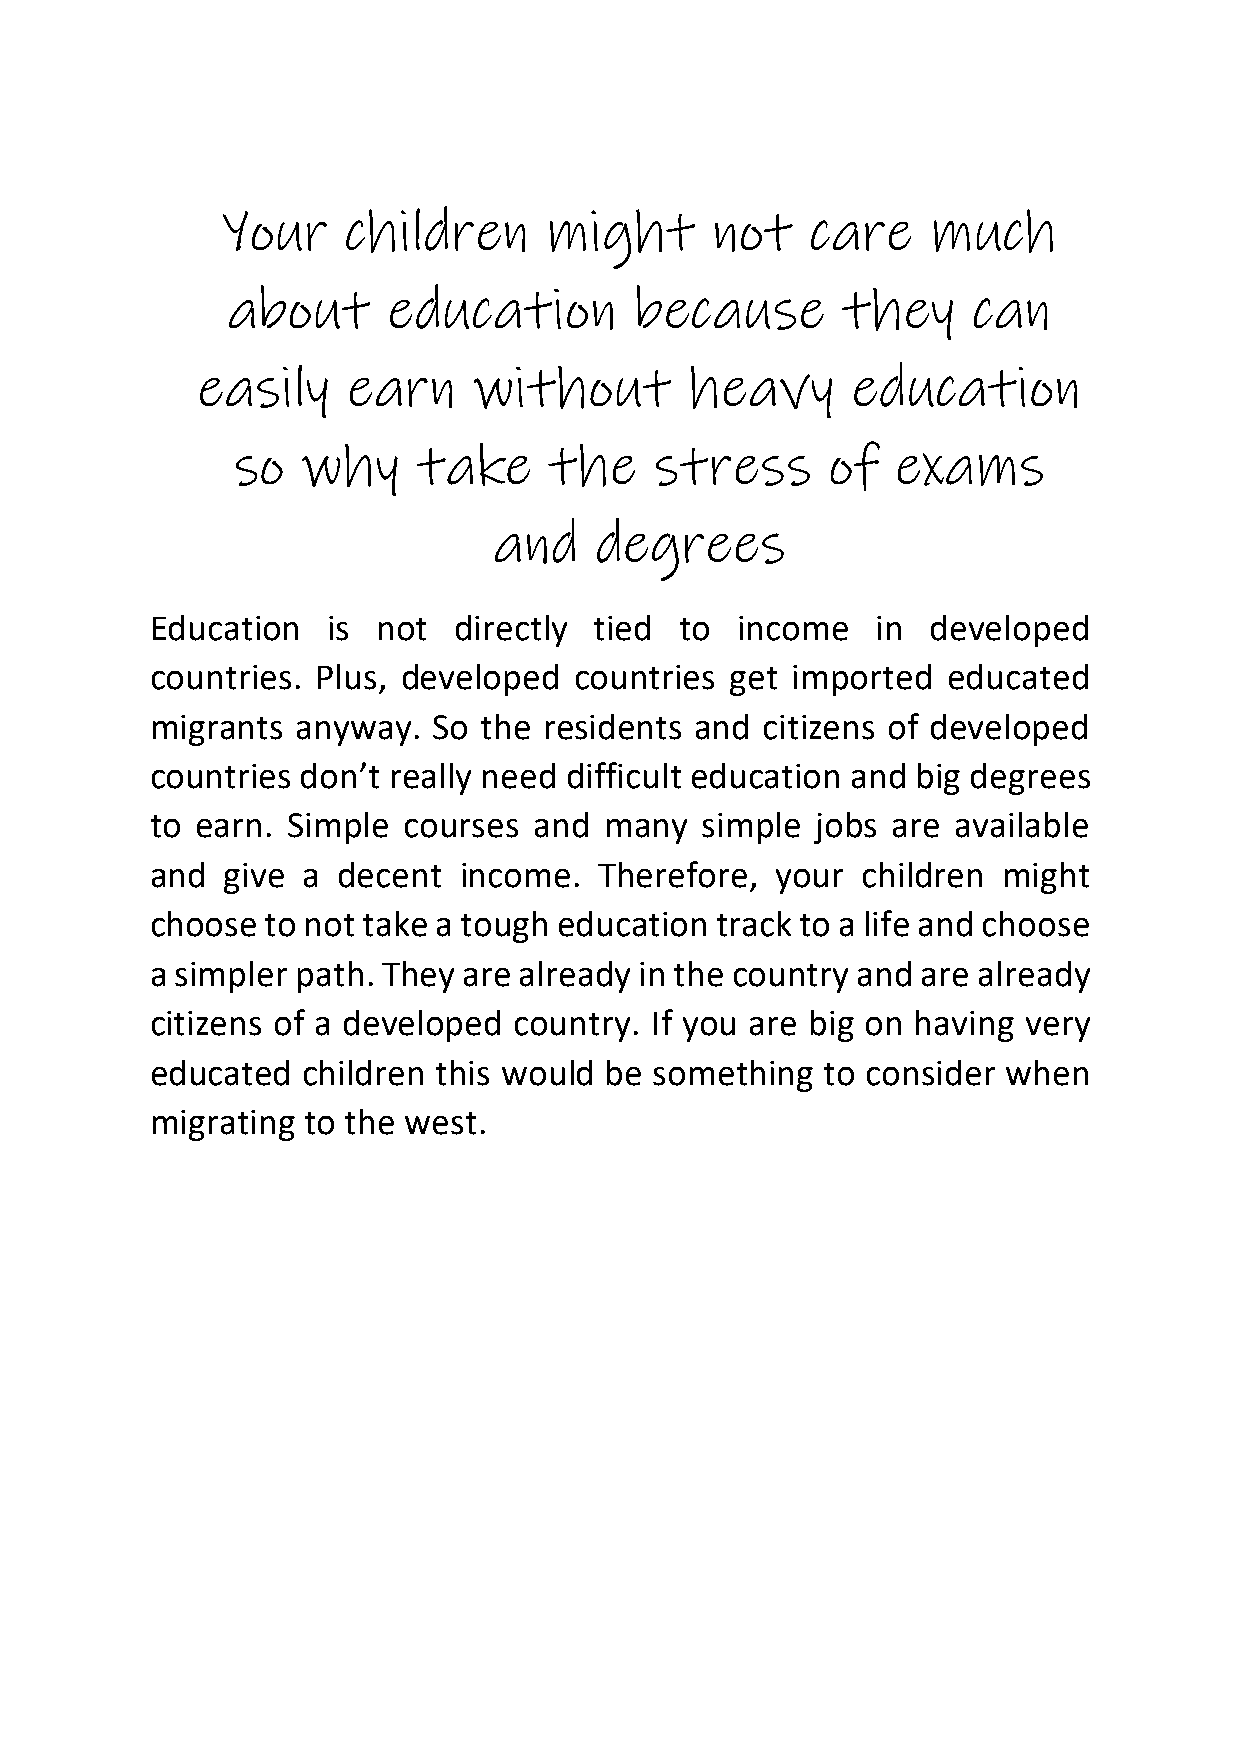
Your    children     might      not    care    much
 about      education       because       they    can
 easily    earn    without        heavy     education
 so   why     take    the    stress      of  exams
 and   degrees
 Education   is not  directly tied  to  income   in  developed
 countries. Plus, developed  countries get imported   educated
 migrants  anyway.  So the residents and  citizens of developed
 countries don’t really need difficult education and big degrees
 to earn. Simple  courses and  many  simple  jobs are available
 and  give a decent  income.   Therefore, your  children might
 choose  to not take a tough education track to a life and choose
 a simpler path. They are already in the country and are already
 citizens of a developed country. If you are big on having very
 educated  children this would be something   to consider when
 migrating to the west.